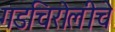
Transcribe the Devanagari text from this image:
गडचिरोलीचे